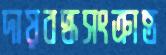
দায়বদ্ধসংক্রান্ত